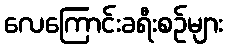
လေကြောင်းခရီးစဉ်များ